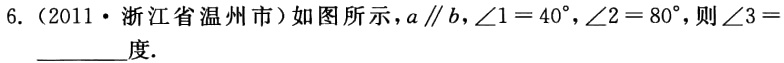
6.（2011·浙江省温州市）如图所示，\(a\parallel b\)，\(\angle1 = 40^{\circ}\)，\(\angle2 = 80^{\circ}\)，则\(\angle3 =\)________度.